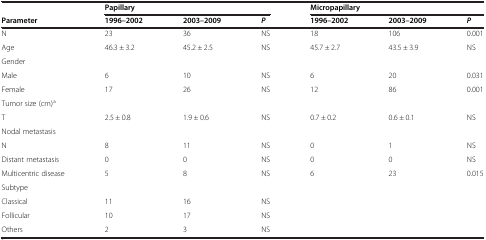
<table><thead><tr><td><b> </b></td><td colspan="3"><b>Papillary</b></td><td colspan="3"><b>Micropapillary</b></td></tr><tr><td><b>Parameter</b></td><td><b>1996–2002</b></td><td><b>2003–2009</b></td><td><b><i>P</i></b></td><td><b>1996–2002</b></td><td><b>2003–2009</b></td><td><b><i>P</i></b></td></tr></thead><tbody><tr><td>N</td><td>23</td><td>36</td><td>NS</td><td>18</td><td>106</td><td>0.001</td></tr><tr><td>Age</td><td>46.3 ± 3.2</td><td>45.2 ± 2.5</td><td>NS</td><td>45.7 ± 2.7</td><td>43.5 ± 3.9</td><td>NS</td></tr><tr><td>Gender</td><td> </td><td> </td><td> </td><td> </td><td> </td><td> </td></tr><tr><td>Male</td><td>6</td><td>10</td><td>NS</td><td>6</td><td>20</td><td>0.031</td></tr><tr><td>Female</td><td>17</td><td>26</td><td>NS</td><td>12</td><td>86</td><td>0.001</td></tr><tr><td>Tumor size (cm)<sup>a</sup></td><td> </td><td> </td><td> </td><td> </td><td> </td><td> </td></tr><tr><td>T</td><td>2.5 ± 0.8</td><td>1.9 ± 0.6</td><td>NS</td><td>0.7 ± 0.2</td><td>0.6 ± 0.1</td><td>NS</td></tr><tr><td>Nodal metastasis</td><td> </td><td> </td><td> </td><td> </td><td> </td><td> </td></tr><tr><td>N</td><td>8</td><td>11</td><td>NS</td><td>0</td><td>1</td><td>NS</td></tr><tr><td>Distant metastasis</td><td>0</td><td>0</td><td>NS</td><td>0</td><td>0</td><td>NS</td></tr><tr><td>Multicentric disease</td><td>5</td><td>8</td><td>NS</td><td>6</td><td>23</td><td>0.015</td></tr><tr><td>Subtype</td><td> </td><td> </td><td> </td><td> </td><td> </td><td> </td></tr><tr><td>Classical</td><td>11</td><td>16</td><td>NS</td><td> </td><td> </td><td> </td></tr><tr><td>Follicular</td><td>10</td><td>17</td><td>NS</td><td> </td><td> </td><td> </td></tr><tr><td>Others</td><td>2</td><td>3</td><td>NS</td><td> </td><td> </td><td> </td></tr></tbody></table>